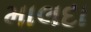
માલદા